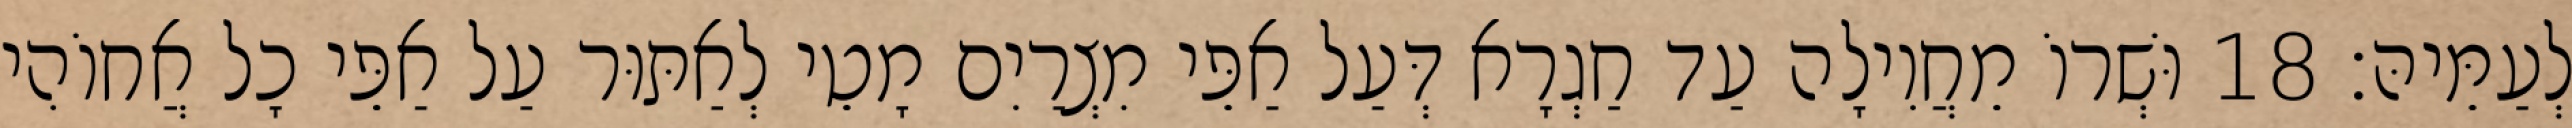
לְעַמֵּיהּ׃ 18 וּשְׁרוֹ מֵחֲוִילָה עַד חַגְרָא דְּעַל אַפֵּי מִצְרַיִם מָטֵי לְאַתּוּר עַל אַפֵּי כָל אֲחוֹהִי